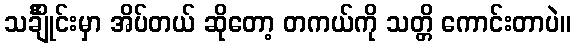
သင်္ချိုင်းမှာ အိပ်တယ် ဆိုတော့ တကယ်ကို သတ္တိ ကောင်းတာပဲ။